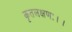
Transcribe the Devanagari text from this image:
कृतलक्षणः।।